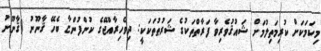
މިކަމަކަށް ކުރިމަތިލުމަށް ޝައުޤުވެރިވާ ފަރާތްތަކުގެ ޝަރުޠުތަކަކީ: ދިވެހިރާއްޖޭގެ ކުންފުންޏާ ބެހޭ ޤާނޫނު (ޤާނޫނު